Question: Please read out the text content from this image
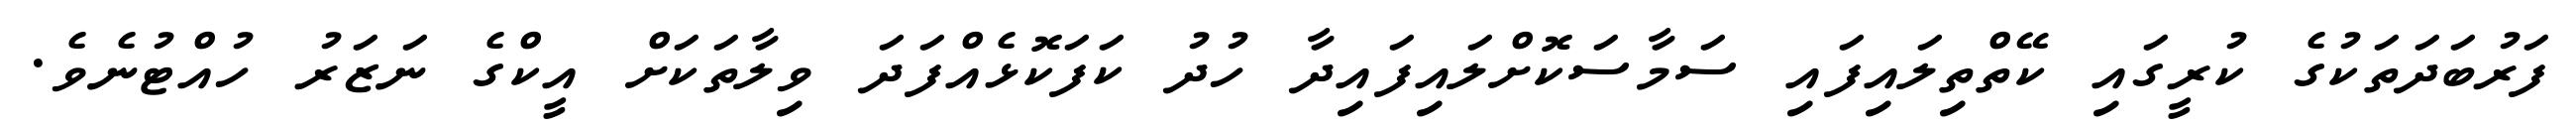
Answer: ފަރުބަދަތަކުގެ ކުރީގައި ކޭތްތިލައިފައި ސަމާސަކޮށްލައިފައިދާ ހުދު ކަފަކޮޅެއްފަދަ ވިލާތަކަށް އީކްގެ ނަޒަރު ހުއްޓުނެވެ.